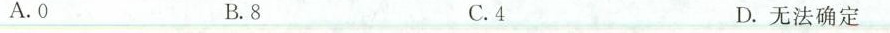
A.0 B.8 C.4 D.无法确定